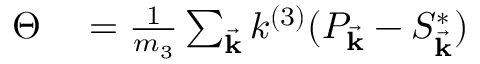
\begin{array} { r l } { \Theta } & { { } = \frac { 1 } { m _ { 3 } } \sum _ { \vec { \mathbf { k } } } k ^ { ( 3 ) } ( P _ { \vec { \mathbf { k } } } - S _ { \vec { \mathbf { k } } } ^ { * } ) } \end{array}